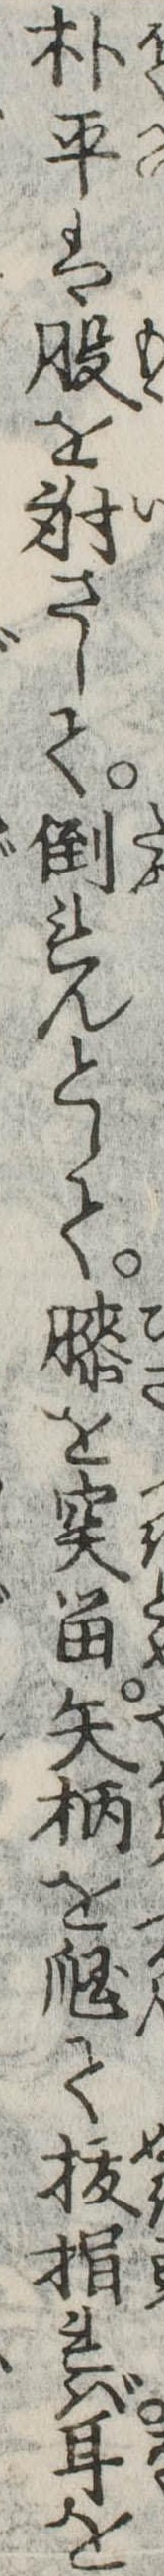
朴平は股を射さして倒れんとして膝を突留矢柄をて抜捐れば耳を